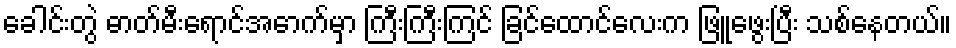
ခေါင်းတွဲ ဓာတ်မီးရောင်အောက်မှာ ကြီးကြီးကြင် ခြင်ထောင်လေးက ဖြူဖွေးပြီး သစ်နေတယ်။